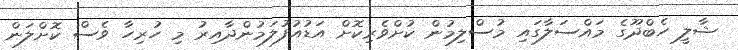
ޝާލީ ހެބްދޫގެ މައްސަލާގައި މުސްލިމުން ކުށްވެރިކޮށް އަޑުއުފުލަމުންދާއިރު މި ހުރިހާ ވެސް ކޮށްލަން